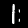
Digit: 1